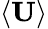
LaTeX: \langle\mathbf{U}\rangle